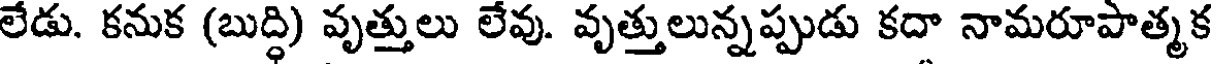
లేడు. కనుక (బుద్ధి) వృత్తులు లేవు. వృత్తులున్నప్పుడు కదా నామరూపాత్మక